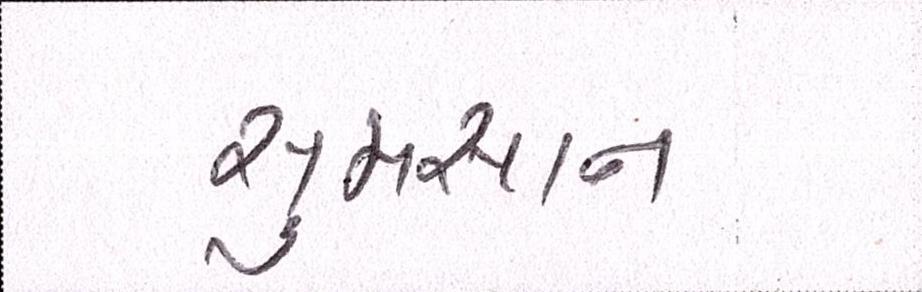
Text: સુમસાન